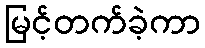
မြင့်တက်ခဲ့ကာ